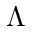
\Lambda